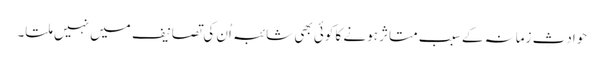
حوادثِ زمانہ کے سبب متاثر ہونے کا کوئی بھی شائبہ اُن کی تصانیف میں نہیں ملتا۔